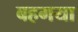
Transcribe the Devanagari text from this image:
बहगया